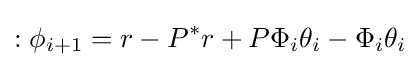
:\phi _{i+1}=r-P^{*}r+P\Phi _{i}\theta _{i}-\Phi _{i}\theta _{i}